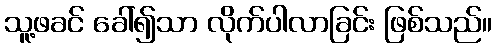
သူ့ဖခင် ခေါ်၍သာ လိုက်ပါလာခြင်း ဖြစ်သည်။